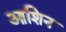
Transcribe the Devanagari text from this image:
आशिन